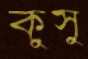
কুসু